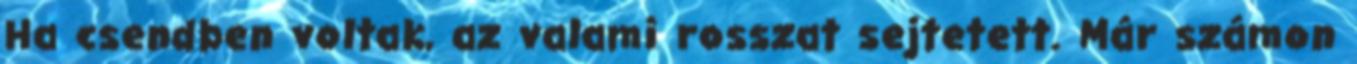
Ha csendben voltak, az valami rosszat sejtetett. Már számon